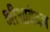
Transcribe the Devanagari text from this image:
भीआवेदन